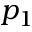
p _ { 1 }